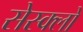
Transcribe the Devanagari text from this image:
सेस्क्लो